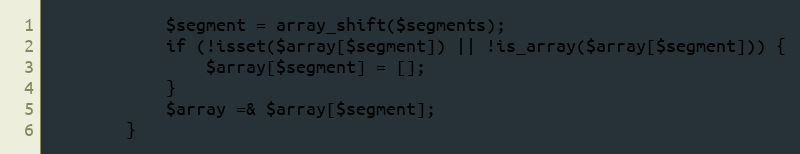
Language: PHP
            $segment = array_shift($segments);
            if (!isset($array[$segment]) || !is_array($array[$segment])) {
                $array[$segment] = [];
            }
            $array =& $array[$segment];
        }